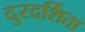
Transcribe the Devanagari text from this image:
दुरदर्शिता